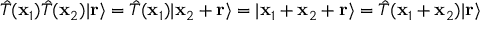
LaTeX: { \hat { T } } ( \mathbf { x } _ { 1 } ) { \hat { T } } ( \mathbf { x } _ { 2 } ) | \mathbf { r } \rangle = { \hat { T } } ( \mathbf { x } _ { 1 } ) | \mathbf { x } _ { 2 } + \mathbf { r } \rangle = | \mathbf { x } _ { 1 } + \mathbf { x } _ { 2 } + \mathbf { r } \rangle = { \hat { T } } ( \mathbf { x } _ { 1 } + \mathbf { x } _ { 2 } ) | \mathbf { r } \rangle